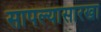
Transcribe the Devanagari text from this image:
सापल्यासारखा